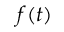
f ( t )